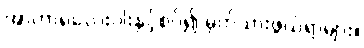
အာဟာရလေးပါးနှင့်စပ်၍ မှတ်သားဖွယ်ရာများ။